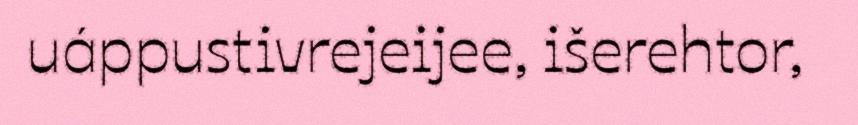
uáppustivrejeijee, išerehtor,